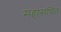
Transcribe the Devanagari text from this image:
महासचित